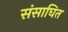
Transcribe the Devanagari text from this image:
संसाघित